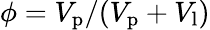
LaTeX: \phi=V_{\mathrm{p}}/(V_{\mathrm{p}}+V_{\mathrm{l}})